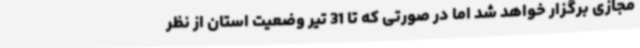
مجازی برگزار خواهد شد اما در صورتی که تا 31 تیر وضعیت استان از نظر